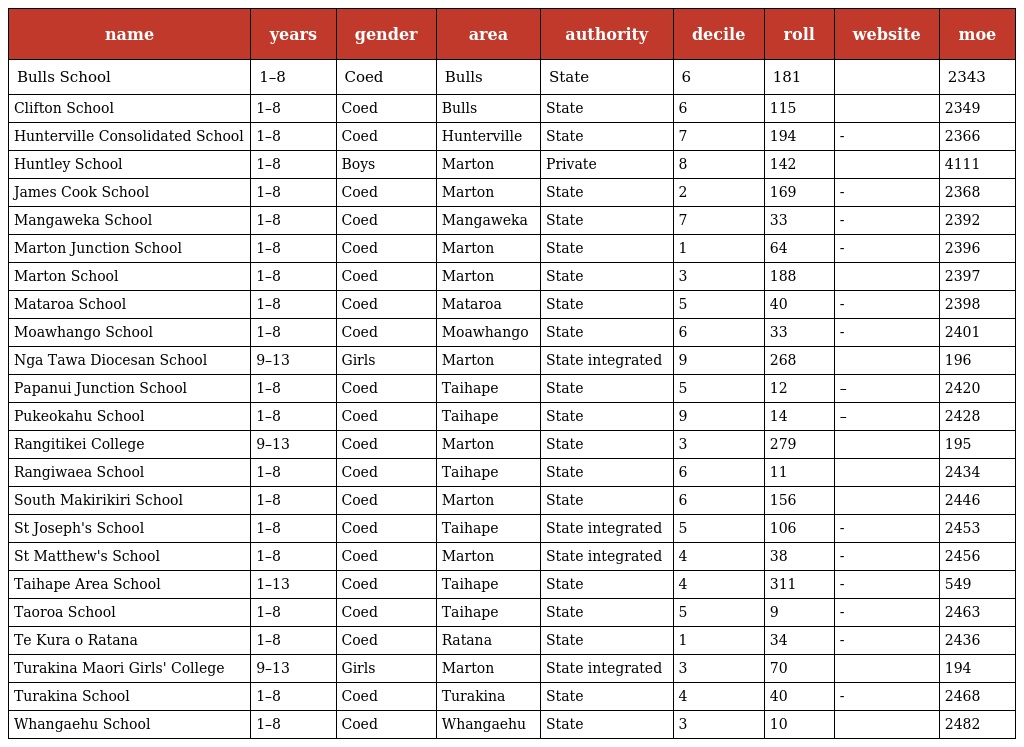
| name | years | gender | area | authority | decile | roll | website | moe |
 | --- | --- | --- | --- | --- | --- | --- | --- | --- |
 | Bulls School | 1–8 | Coed | Bulls | State | 6 | 181 |  | 2343 |
 | Clifton School | 1–8 | Coed | Bulls | State | 6 | 115 |  | 2349 |
 | Hunterville Consolidated School | 1–8 | Coed | Hunterville | State | 7 | 194 | - | 2366 |
 | Huntley School | 1–8 | Boys | Marton | Private | 8 | 142 |  | 4111 |
 | James Cook School | 1–8 | Coed | Marton | State | 2 | 169 | - | 2368 |
 | Mangaweka School | 1–8 | Coed | Mangaweka | State | 7 | 33 | - | 2392 |
 | Marton Junction School | 1–8 | Coed | Marton | State | 1 | 64 | - | 2396 |
 | Marton School | 1–8 | Coed | Marton | State | 3 | 188 |  | 2397 |
 | Mataroa School | 1–8 | Coed | Mataroa | State | 5 | 40 | - | 2398 |
 | Moawhango School | 1–8 | Coed | Moawhango | State | 6 | 33 | - | 2401 |
 | Nga Tawa Diocesan School | 9–13 | Girls | Marton | State integrated | 9 | 268 |  | 196 |
 | Papanui Junction School | 1–8 | Coed | Taihape | State | 5 | 12 | – | 2420 |
 | Pukeokahu School | 1–8 | Coed | Taihape | State | 9 | 14 | – | 2428 |
 | Rangitikei College | 9–13 | Coed | Marton | State | 3 | 279 |  | 195 |
 | Rangiwaea School | 1–8 | Coed | Taihape | State | 6 | 11 |  | 2434 |
 | South Makirikiri School | 1–8 | Coed | Marton | State | 6 | 156 |  | 2446 |
 | St Joseph's School | 1–8 | Coed | Taihape | State integrated | 5 | 106 | - | 2453 |
 | St Matthew's School | 1–8 | Coed | Marton | State integrated | 4 | 38 | - | 2456 |
 | Taihape Area School | 1–13 | Coed | Taihape | State | 4 | 311 | - | 549 |
 | Taoroa School | 1–8 | Coed | Taihape | State | 5 | 9 | - | 2463 |
 | Te Kura o Ratana | 1–8 | Coed | Ratana | State | 1 | 34 | - | 2436 |
 | Turakina Maori Girls' College | 9–13 | Girls | Marton | State integrated | 3 | 70 |  | 194 |
 | Turakina School | 1–8 | Coed | Turakina | State | 4 | 40 | - | 2468 |
 | Whangaehu School | 1–8 | Coed | Whangaehu | State | 3 | 10 |  | 2482 |